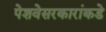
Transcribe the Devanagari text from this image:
पेशवेसरकारांकडे